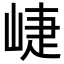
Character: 崨